Indian journal of veterinary science and animal husbandry - Volume 4,
Year: 1934
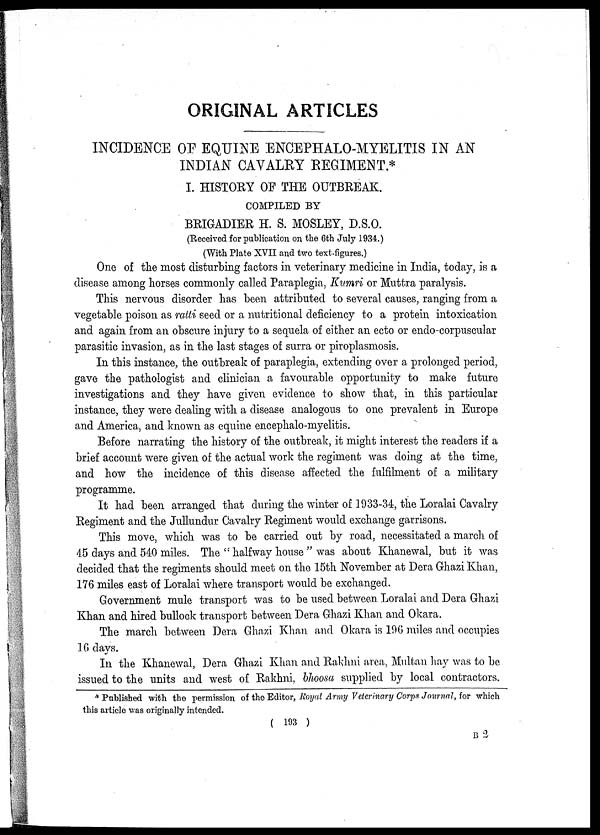
ORIGINAL ARTICLES
INCIDENCE OF EQUINE ENCEPHALO-MYELITIS IN AN
INDIAN CAVALRY REGIMENT.*
I. HISTORY OF THE OUTBREAK.
COMPILED BY
BRIGADIER H. S. MOSLEY, D.S.O.
(Received for publication on the 6th July 1934.)
(With Plate XVII and two text-figures.)
One of the most disturbing factors in veterinary medicine in India, today, is a
disease among horses commonly called Paraplegia, Kumri or Muttra paralysis.
This nervous disorder has been attributed to several causes, ranging from a
vegetable poison as ratti seed or a nutritional deficiency to a protein intoxication
and again from an obscure injury to a sequela of either an ecto or endo-corpuscular
parasitic invasion, as in the last stages of surra or piroplasmosis.
In this instance, the outbreak of paraplegia, extending over a prolonged period,
gave the pathologist and clinician a favourable opportunity to make future
investigations and they have given evidence to show that, in this particular
instance, they were dealing with a disease analogous to one prevalent in Europe
and America, and known as equine encephalo-myelitis.
Before narrating the history of the outbreak, it might interest the readers if a
brief account were given of the actual work the regiment was doing at the time,
and how the incidence of this disease affected the fulfilment of a military
programme.
It had been arranged that during the winter of 1933-34, the Loralai Cavalry
Regiment and the Jullundur Cavalry Regiment would exchange garrisons.
This move, which was to be carried out by road, necessitated a march of
45 days and 540 miles. The " halfway house " was about Khanewal, but it was
decided that the regiments should meet on the 15th November at Dera Ghazi Khan,
176 miles east of Loralai where transport would be exchanged.
Government mule transport was to be used between. Loralai and Dera Ghazi
Khan and hired bullock transport between Dera Ghazi Khan and Okara.
The march between Dera Ghazi Khan and Okara is 196 miles and occupies
16 days.
In the Khanewal, Dera Ghazi Khan and Rakhni area, Multan hay was to be
issued to the units and west of Rakhni, bhoosa supplied by local contractors.
* Published with the permission of the Editor, Royal Army Veterinary Corps Journal, for which
this article was originally intended.
( 193 ) B 2